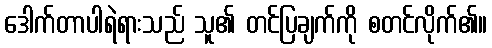
ဒေါက်တာပါရဲရားသည် သူ၏ တင်ပြချက်ကို စတင်လိုက်၏။